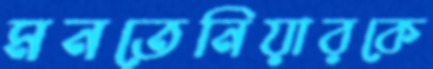
মনতেনিয়ারকে